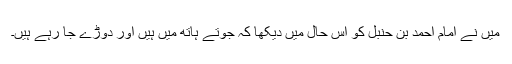
میں نے امام احمد بن حنبل کو اس حال میں دیکھا کہ جوتے ہاتھ میں ہیں اور دوڑے جا رہے ہیں۔